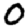
Digit: 0